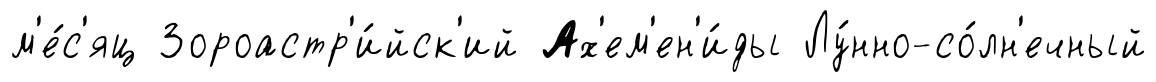
м'е́с'яц Зороастр'и́йск'ий Ах'ем'ен'и́ды Лу́нно-со́лн'ечный